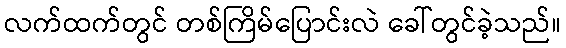
လက်ထက်တွင် တစ်ကြိမ်ပြောင်းလဲ ခေါ်တွင်ခဲ့သည်။